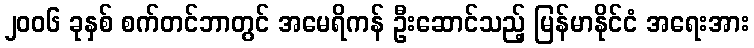
၂၀၀၆ ခုနှစ် စက်တင်ဘာတွင် အမေရိကန် ဦးဆောင်သည့် မြန်မာနိုင်ငံ အရေးအား